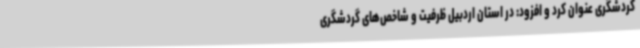
گردشگری عنوان کرد و افزود: در استان اردبیل ظرفیت‌ و شاخص‌های گردشگری